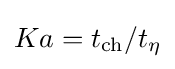
Ka=t_{\mathrm {ch} }/t_{\eta }